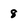
Character: 8